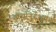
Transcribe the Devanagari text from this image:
नृत्यनिर्देशक